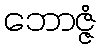
ဘောဇ္ဇံ